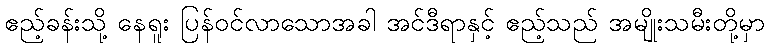
ဧည့်ခန်းသို့ နေရူး ပြန်ဝင်လာသောအခါ အင်ဒီရာနှင့် ဧည့်သည် အမျိုးသမီးတို့မှာ